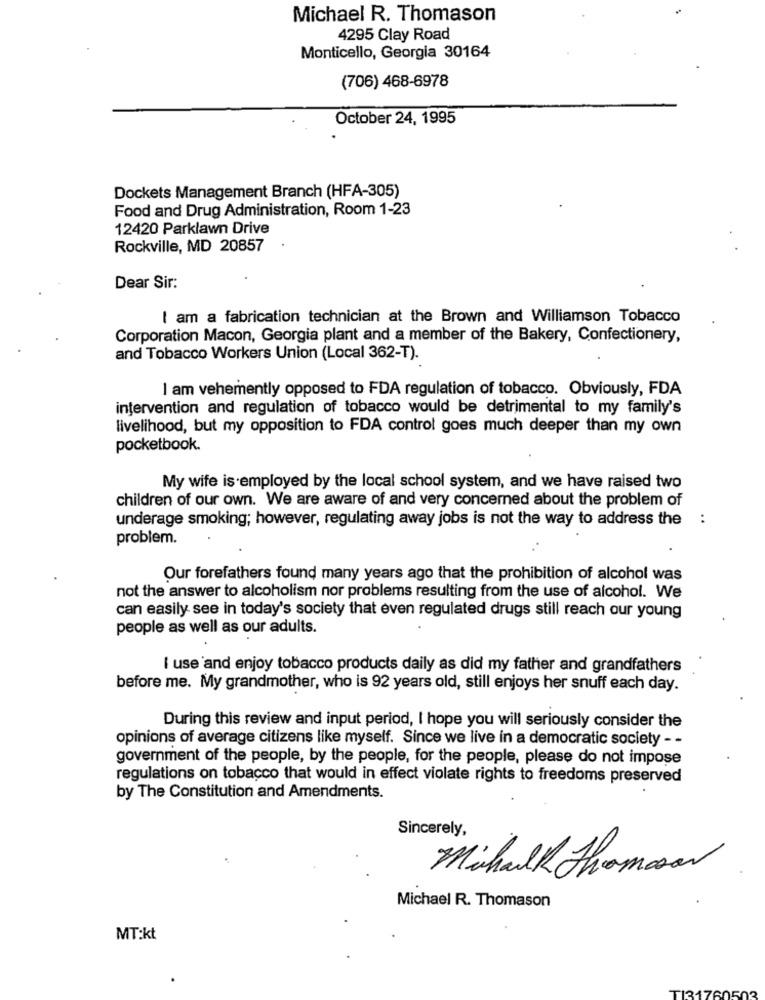
Michael R. Thomason
4295 Clay Road
Monticello, Georgia 30164
(706) 468-6978
October 24, 1995
Dockets Management Branch (HFA-305)
Food and Drug Administration, Room 1-23
12420 Parklawn Drive
Rockville, MD 20857
Dear Sir:
I am a fabrication technician at the Brown and Williamson Tobacco
Corporation Macon, Georgia plant and a member of the Bakery, Confectionery,
and Tobacco Workers Union (Local 362-T).
I am vehemently opposed to FDA regulation of tobacco. Obviously, FDA
intervention and regulation of tobacco would be detrimental to my family's
livelihood, but my opposition to FDA control goes much deeper than my own
pocketbook.
My wife is employed by the local school system, and we have raised two
children of our own. We are aware of and very concerned about the problem of
underage smoking; however, regulating away jobs is not the way to address the :
problem.
Our forefathers found many years ago that the prohibition of alcohol was
not the answer to alcoholism nor problems resulting from the use of alcohol. We
can easily see in today's society that even regulated drugs still reach our young
people as well as our adults.
I use and enjoy tobacco products daily as did my father and grandfathers
before me. My grandmother, who is 92 years old, still enjoys her snuff each day.
During this review and input period, I hope you will seriously consider the
opinions of average citizens like myself. Since we live in a democratic society - -
government of the people, by the people, for the people, please do not impose
regulations on tobacco that would in effect violate rights to freedoms preserved
by The Constitution and Amendments.
Sincerely,
Michalk Thomas
Michael R. Thomason
MT:kt